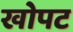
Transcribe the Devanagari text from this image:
खोपट